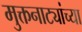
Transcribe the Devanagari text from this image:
मुक्तनाट्यांच्या